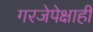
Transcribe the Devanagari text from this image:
गरजेपेक्षाही